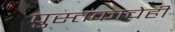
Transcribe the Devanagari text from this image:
पुस्तकाचेही